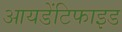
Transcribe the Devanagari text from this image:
आयडेंटिफाइड